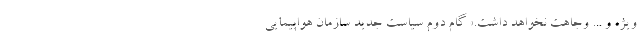
ویژه و ... وجاهت نخواهد داشت.» گام دوم سیاست جدید سازمان هواپیمایی